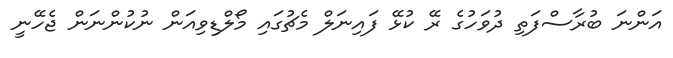
އަންނަ ބުރާސްފަތި ދުވަހުގެ ރޭ ކުޅޭ ފައިނަލް މެޗުގައި މޯލްޑިވިއަން ނުކުންނަން ޖެހޭނީ